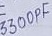
Text: 3300PF